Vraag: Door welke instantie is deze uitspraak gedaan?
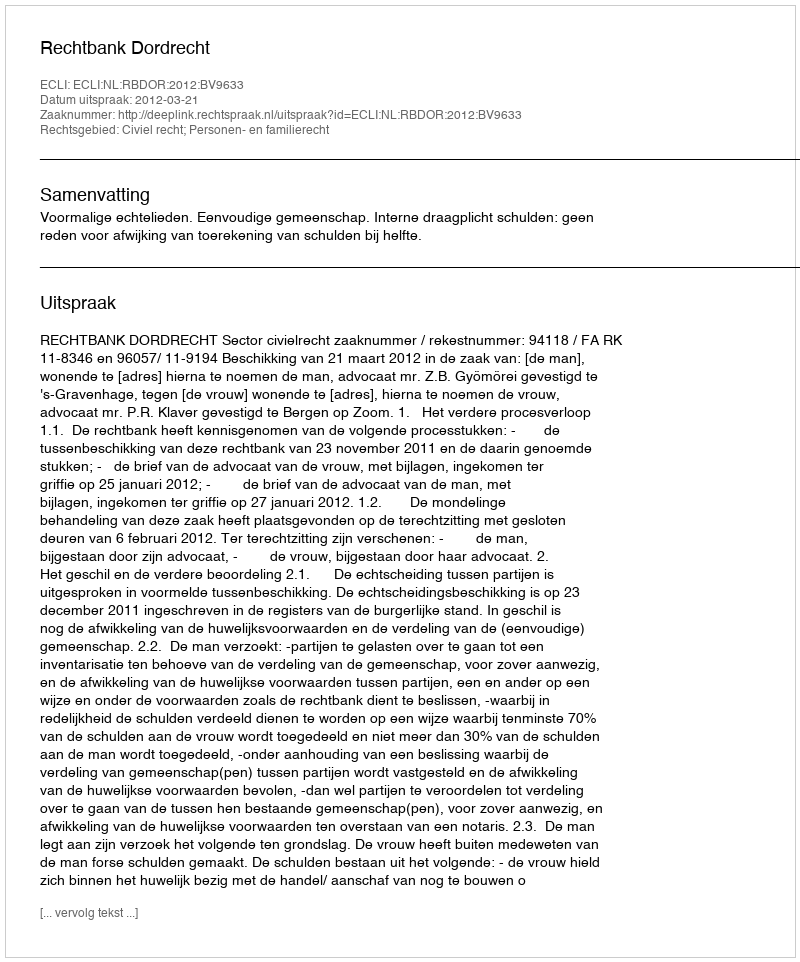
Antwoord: Rechtbank Dordrecht